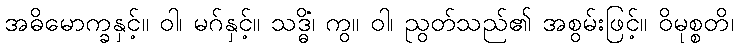
အဓိမောက္ခနှင့်။ ဝါ၊ မဂ်နှင့်။ သဒ္ဓိံ၊ ကွ။ ဝါ၊ ညွတ်သည်၏ အစွမ်းဖြင့်။ ဝိမုစ္စတိ၊